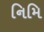
નિમિ